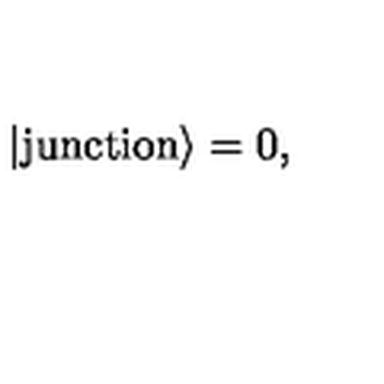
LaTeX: | \mathrm { j u n c t i o n } \rangle = 0 ,